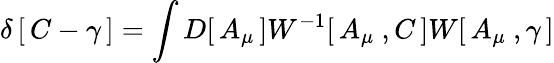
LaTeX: \delta\left[\, C-\gamma\, \right]=\int D[\, A_{\mu}\, ]W^{-1}[\, A_{\mu}\ ,C\, ]W[\, A_{\mu}\ ,\gamma\, ]